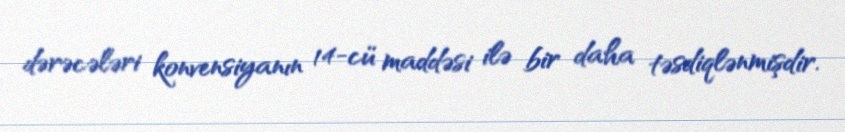
dərəcələri konvensiyanın 14-cü maddəsi ilə bir daha təsdiqlənmişdir.